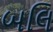
બલિ